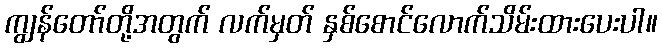
ကျွန်တော်တို့အတွက် လက်မှတ် နှစ်စောင်လောက်သိမ်းထားပေးပါ။